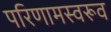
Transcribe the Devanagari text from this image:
परिणामस्वरूव